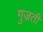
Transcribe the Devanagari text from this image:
गुज्रती